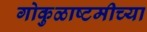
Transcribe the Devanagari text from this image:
गोकुळाष्टमीच्या